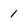
Character: 1